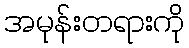
အမုန်းတရားကို